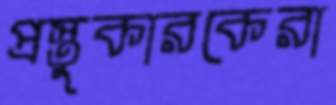
প্রস্তুকারকেরা